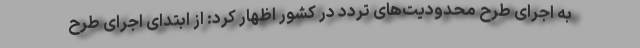
به اجرای طرح محدودیت‌های تردد در کشور اظهار کرد: از ابتدای اجرای طرح